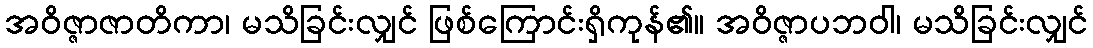
အဝိဇ္ဇာဇာတိကာ၊ မသိခြင်းလျှင် ဖြစ်ကြောင်းရှိကုန်၏။ အဝိဇ္ဇာပဘဝါ၊ မသိခြင်းလျှင်